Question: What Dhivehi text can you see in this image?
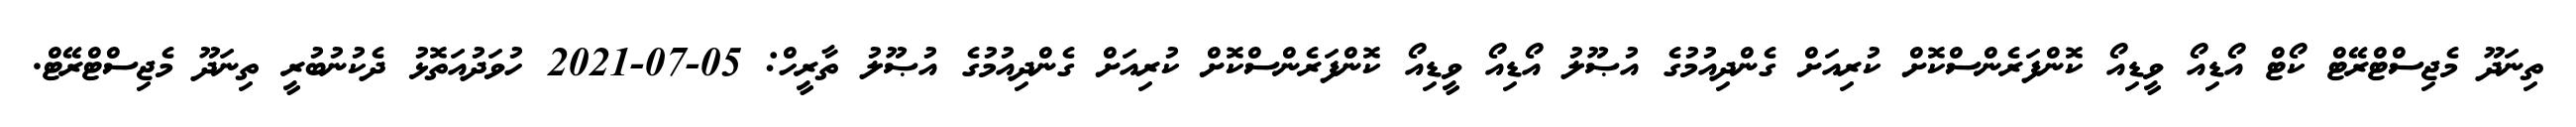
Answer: ތިނަދޫ މެޖިސްޓްރޭޓް ކޯޓް އޯޑިއޯ ވީޑިއޯ ކޮންފަރެންސްކޮށް ކުރިއަށް ގެންދިއުމުގެ އުޞޫލު އޯޑިއޯ ވީޑިއޯ ކޮންފަރެންސްކޮށް ކުރިއަށް ގެންދިއުމުގެ އުޞޫލު ތާރީހް: 05-07-2021 ހުވަދުއަތޮޅު ދެކުނުބުރީ ތިނަދޫ މެޖިސްޓްރޭޓް.